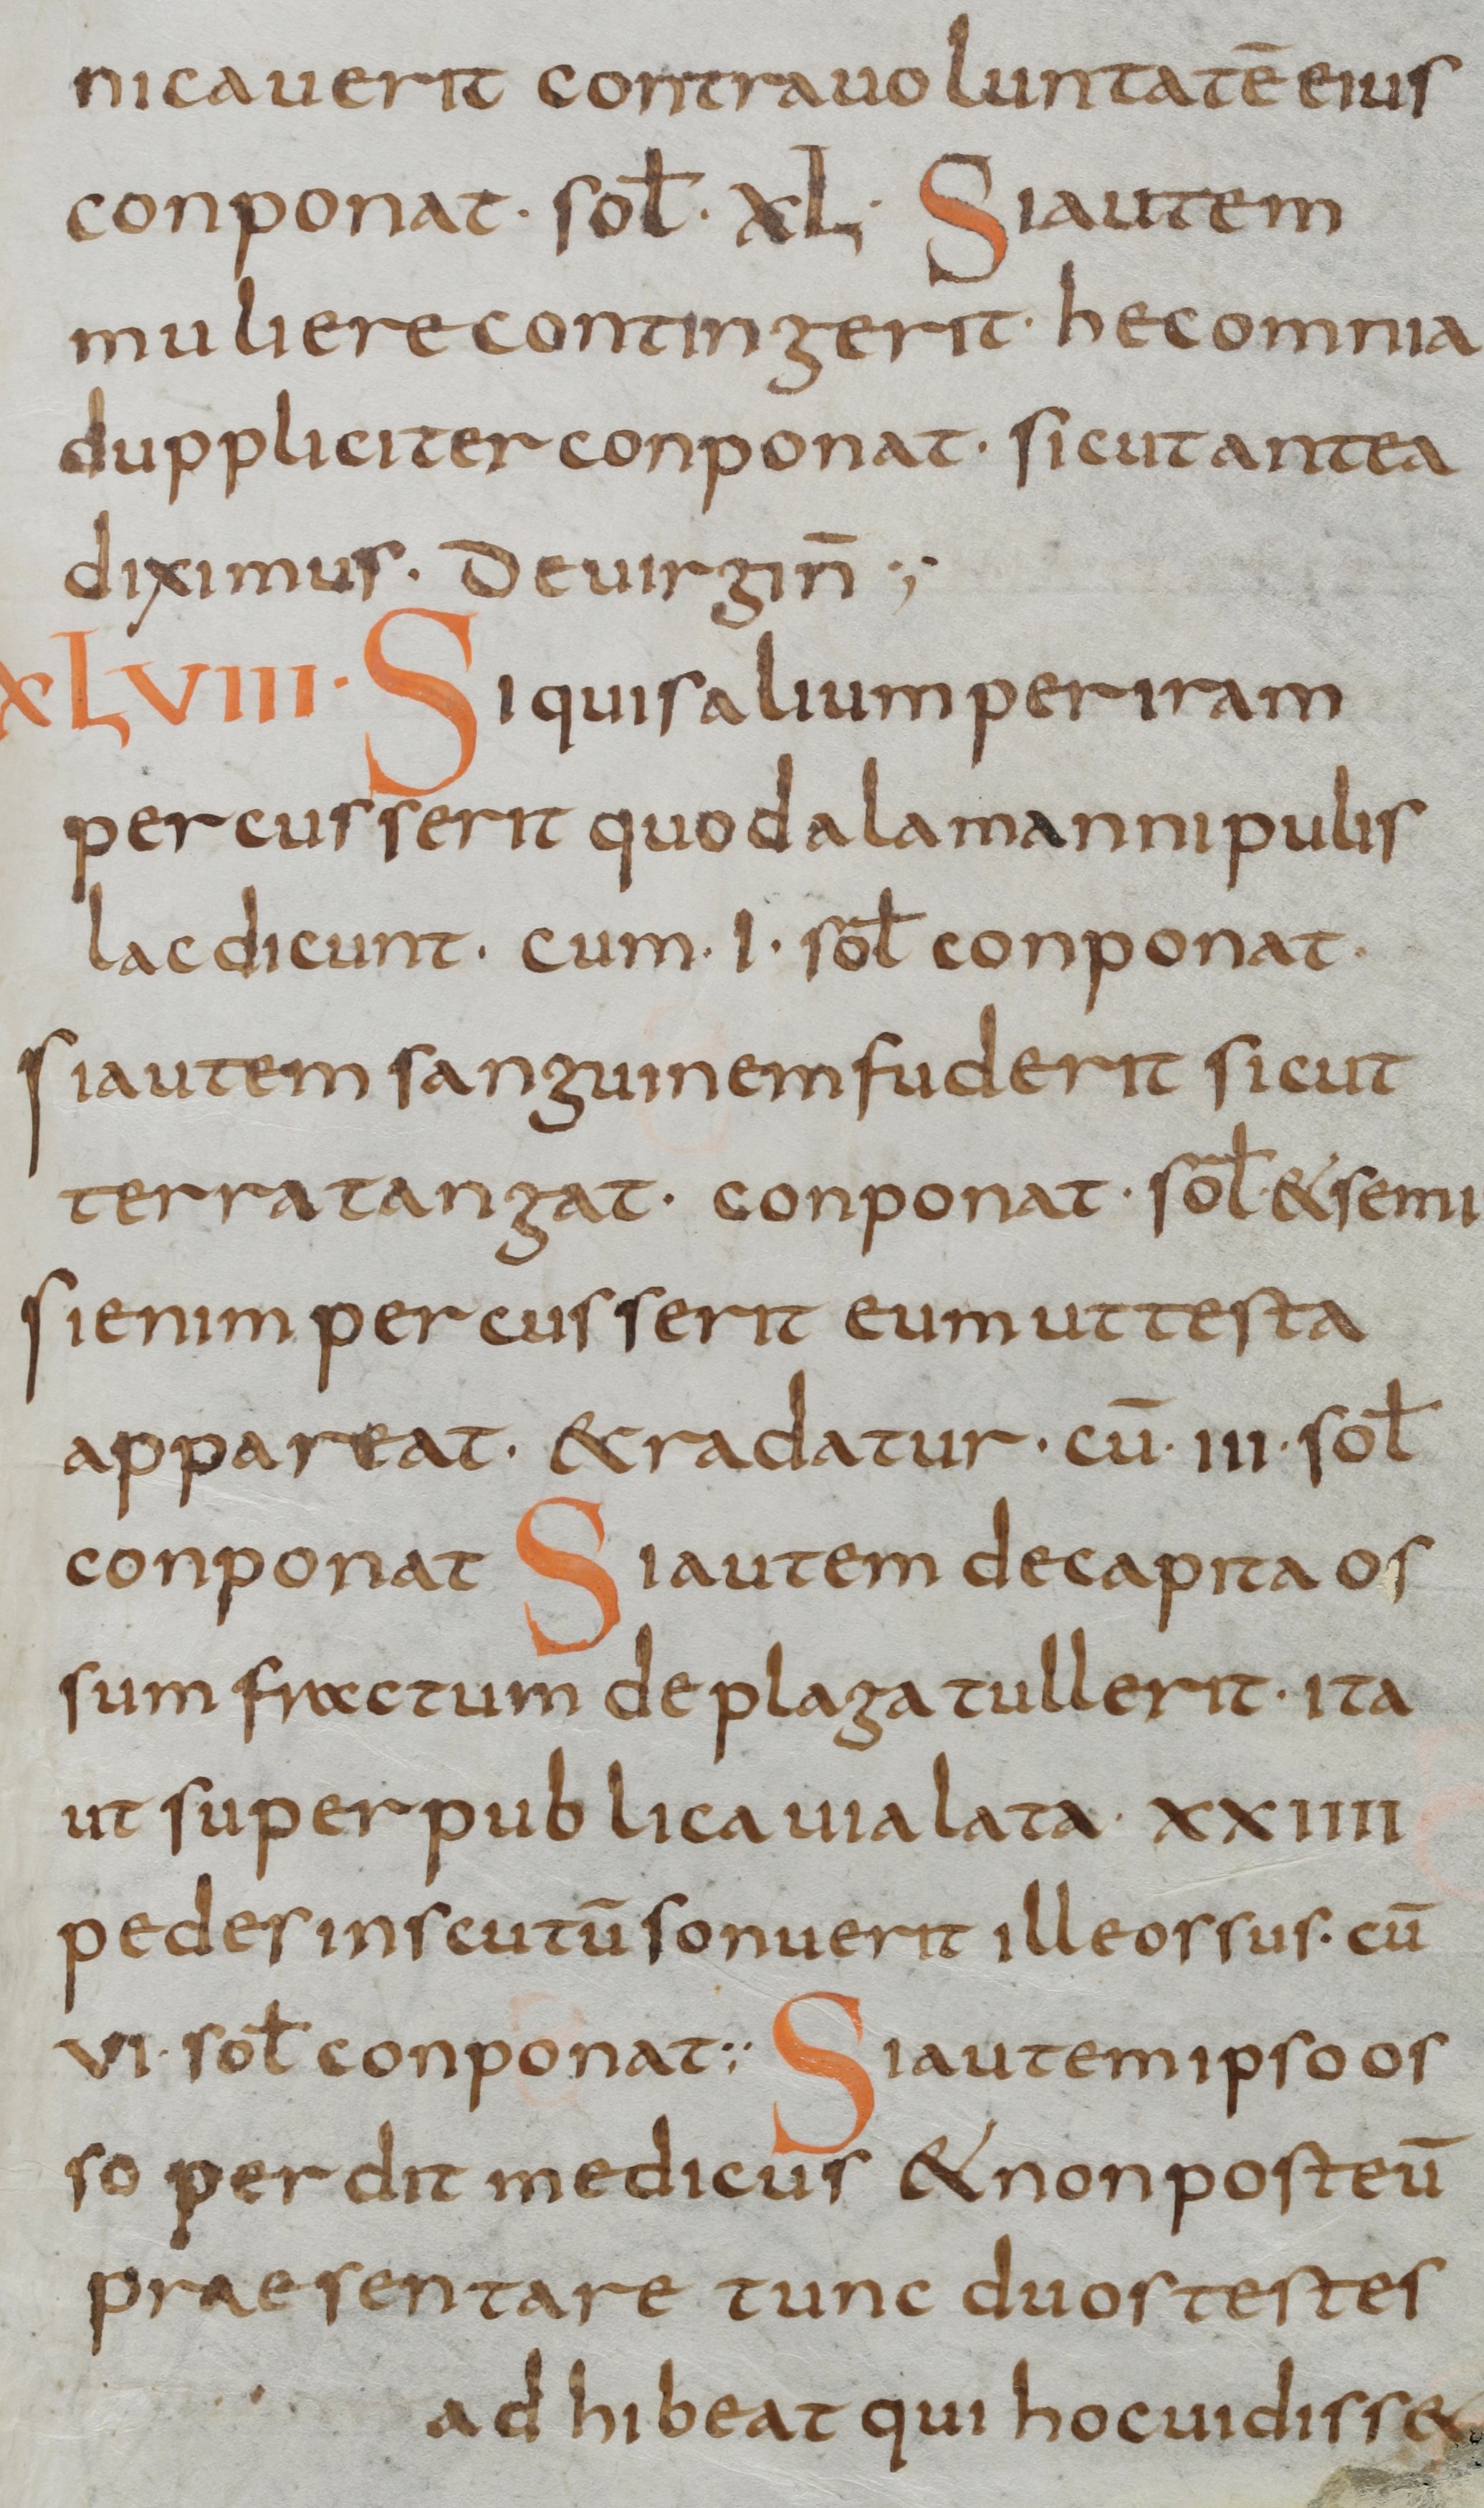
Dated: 800–830